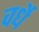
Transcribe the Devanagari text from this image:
वर्धे